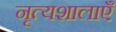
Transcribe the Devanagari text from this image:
नृत्यशालाएँ